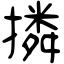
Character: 撛